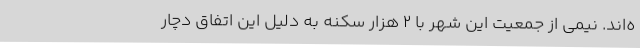
ه‌اند. نیمی از جمعیت این شهر با ۲ هزار سکنه به دلیل این اتفاق دچار